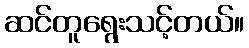
ဆင်တူရွေးသင့်တယ်။